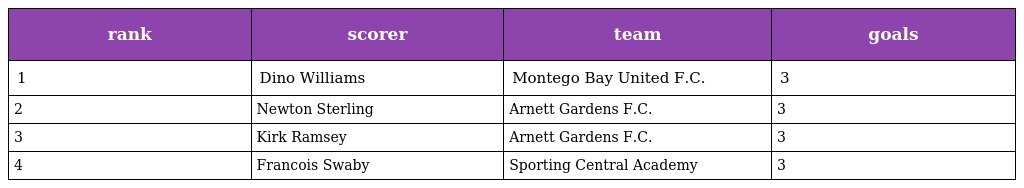
| rank | scorer | team | goals |
 | --- | --- | --- | --- |
 | 1 | Dino Williams | Montego Bay United F.C. | 3 |
 | 2 | Newton Sterling | Arnett Gardens F.C. | 3 |
 | 3 | Kirk Ramsey | Arnett Gardens F.C. | 3 |
 | 4 | Francois Swaby | Sporting Central Academy | 3 |